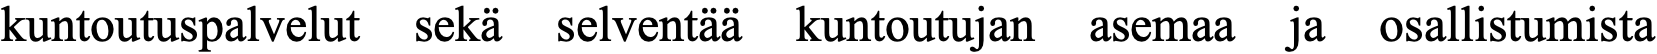
kuntoutuspalvelut sekä selventää kuntoutujan asemaa ja osallistumista